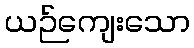
ယဉ်ကျေးသော